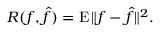
R ( f , { \hat { f } } ) = \operatorname { E } \| f - { \hat { f } } \| ^ { 2 } .